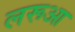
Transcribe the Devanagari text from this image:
लरूआ